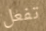
تفعل